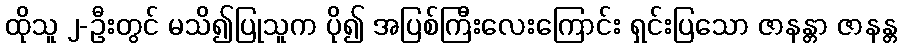
ထိုသူ ၂-ဦးတွင် မသိ၍ပြုသူက ပို၍ အပြစ်ကြီးလေးကြောင်း ရှင်းပြသော ဇာနန္တာ ဇာနန္တ